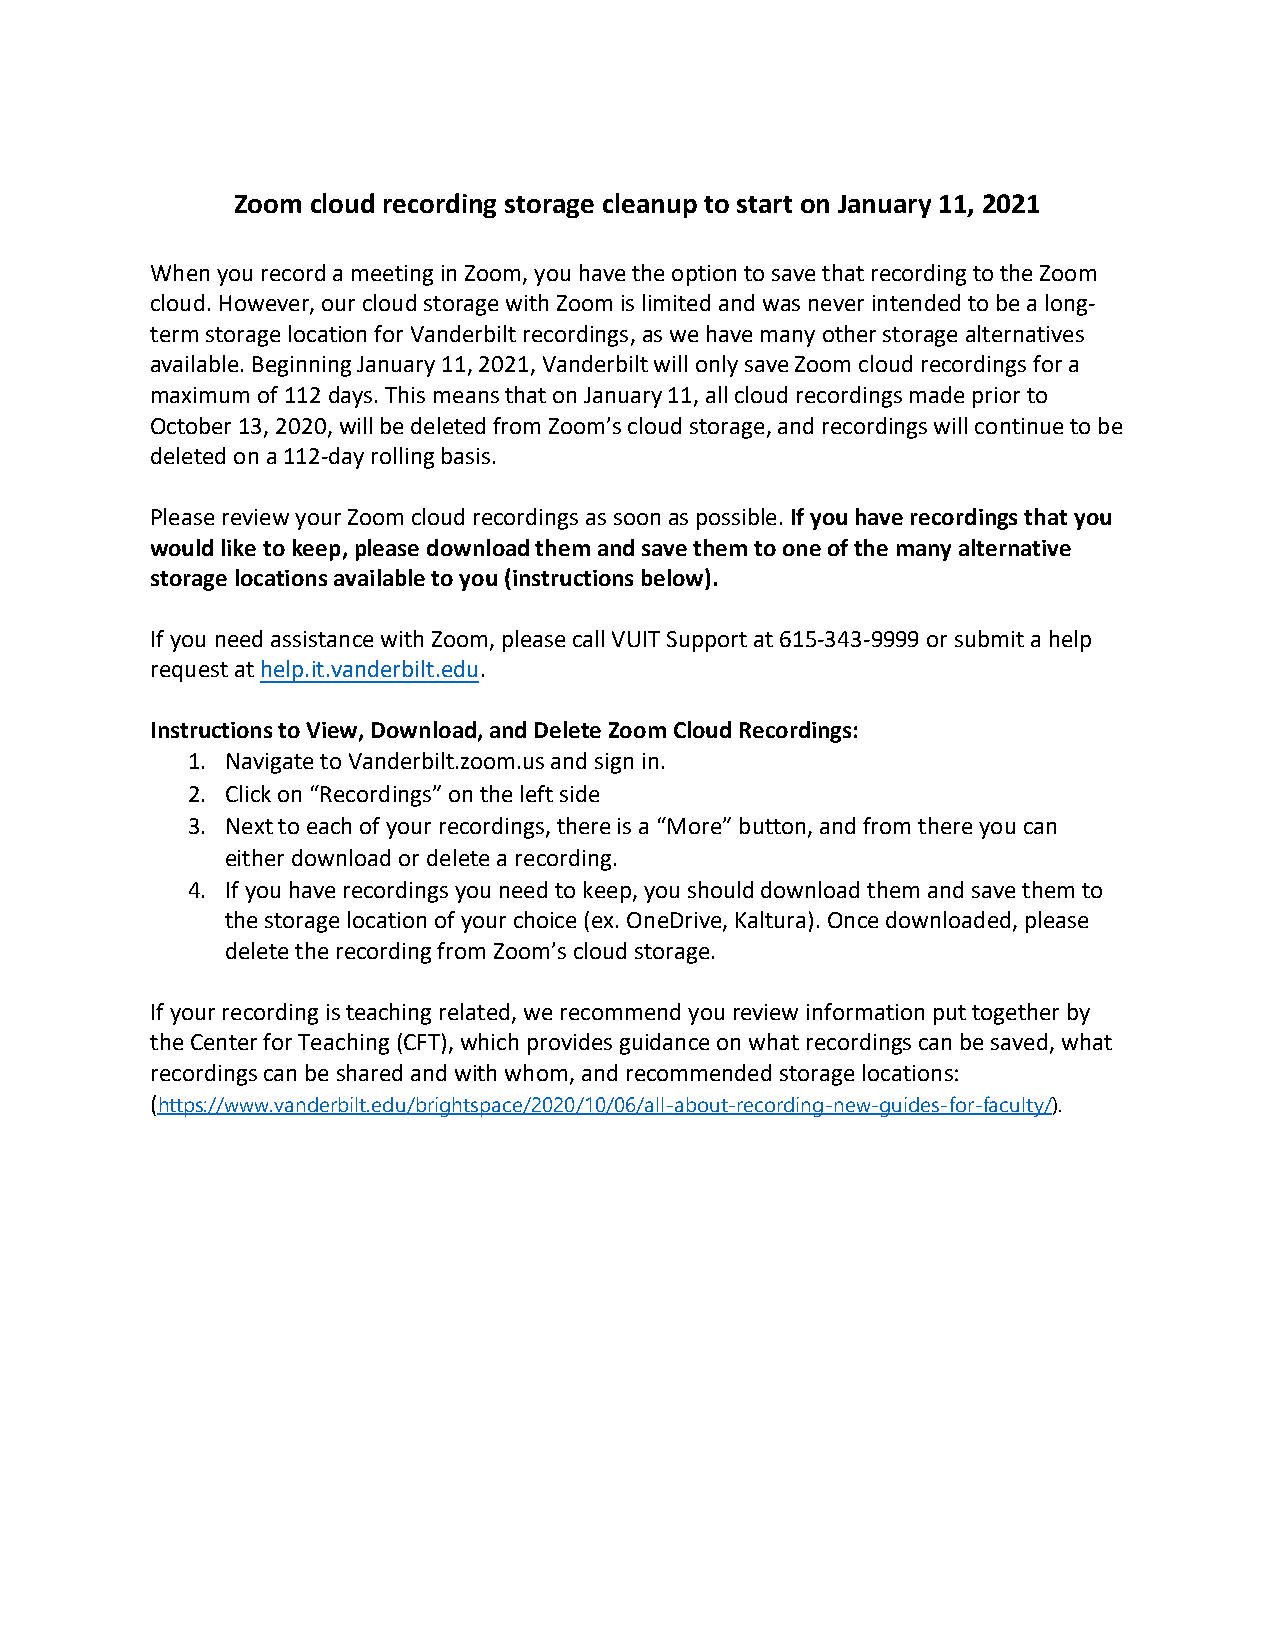
Zoom  cloud recording storage cleanup to start on January 11, 2021
 When you record a meeting in Zoom, you have the option to save that recording to the Zoom
 cloud. However, our cloud storage with Zoom is limited and was never intended to be a long-
 term storage location for Vanderbilt recordings, as we have many other storage alternatives
 available. Beginning January 11, 2021, Vanderbilt will only save Zoom cloud recordings for a
 maximum of 112 days. This means that on January 11, all cloud recordings made prior to
 October 13, 2020, will be deleted from Zoom’s cloud storage, and recordings will continue to be
 deleted on a 112-day rolling basis.
 Please review your Zoom cloud recordings as soon as possible. If you have recordings that you
 would like to keep, please download them and save them to one of the many alternative
 storage locations available to you (instructions below).
 If you need assistance with Zoom, please call VUIT Support at 615-343-9999 or submit a help
 request at help.it.vanderbilt.edu.
 Instructions to View, Download, and Delete Zoom Cloud Recordings:
 1. Navigate to Vanderbilt.zoom.us and sign in.
 2. Click on “Recordings” on the left side
 3. Next to each of your recordings, there is a “More” button, and from there you can
 either download or delete a recording.
 4. If you have recordings you need to keep, you should download them and save them to
 the storage location of your choice (ex. OneDrive, Kaltura). Once downloaded, please
 delete the recording from Zoom’s cloud storage.
 If your recording is teaching related, we recommend you review information put together by
 the Center for Teaching (CFT), which provides guidance on what recordings can be saved, what
 recordings can be shared and with whom, and recommended storage locations:
 (https://www.vanderbilt.edu/brightspace/2020/10/06/all-about-recording-new-guides-for-faculty/).